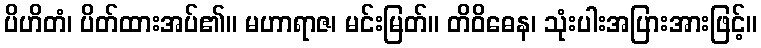
ပိဟိတံ၊ ပိတ်ထားအပ်၏။ မဟာရာဇ၊ မင်းမြတ်။ တိဝိဓေန၊ သုံးပါးအပြားအားဖြင့်။